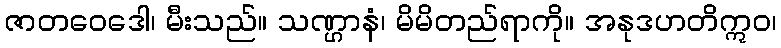
ဇာတဝေဒေါ၊ မီးသည်။ သဏ္ဌာနံ၊ မိမိတည်ရာကို။ အနုဒဟတိဣဝ၊